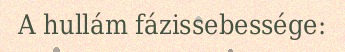
A hullám fázissebessége: